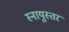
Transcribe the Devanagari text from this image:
स्नायुस्तर